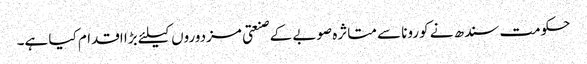
حکومت سندھ نے کورونا سے متاثرہ صوبے کے صنعتی مزدوروں کیلئے بڑا اقدام کیا ہے۔